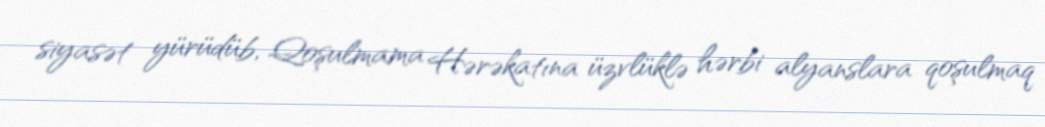
siyasət yürüdüb, Qoşulmama Hərəkatına üzvlüklə hərbi alyanslara qoşulmaq